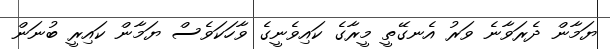
ޔަމާން ދެރަވާނެ ވަރު އެނގޭތީ މީރާގެ ކައިވެނީގެ ވާހަކަވެސް ޔަމާން ކައިރީ ބުނަން